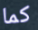
كما